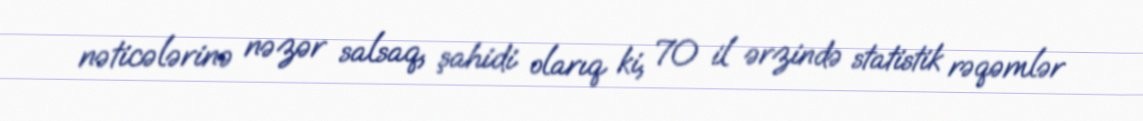
nəticələrinə nəzər salsaq, şahidi olarıq ki, 70 il ərzində statistik rəqəmlər